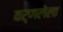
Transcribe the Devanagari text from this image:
वर्णलेला